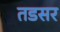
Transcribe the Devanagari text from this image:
तडसर